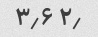
۲٫ ۳٫۶